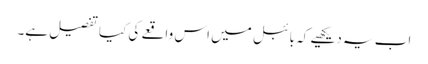
اب یہ دیکھیے کہ بائبل میں اس واقعے کی کیا تفصیل ہے۔